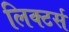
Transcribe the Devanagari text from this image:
लिक्टर्स